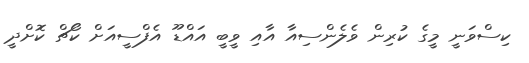
ކިސްވަނީ މީގެ ކުރިން ވެލެންސިއާ އާއި ވީބީ އައްޑޫ އެފްސީއަށް ކޯޗް ކޮށްދީ